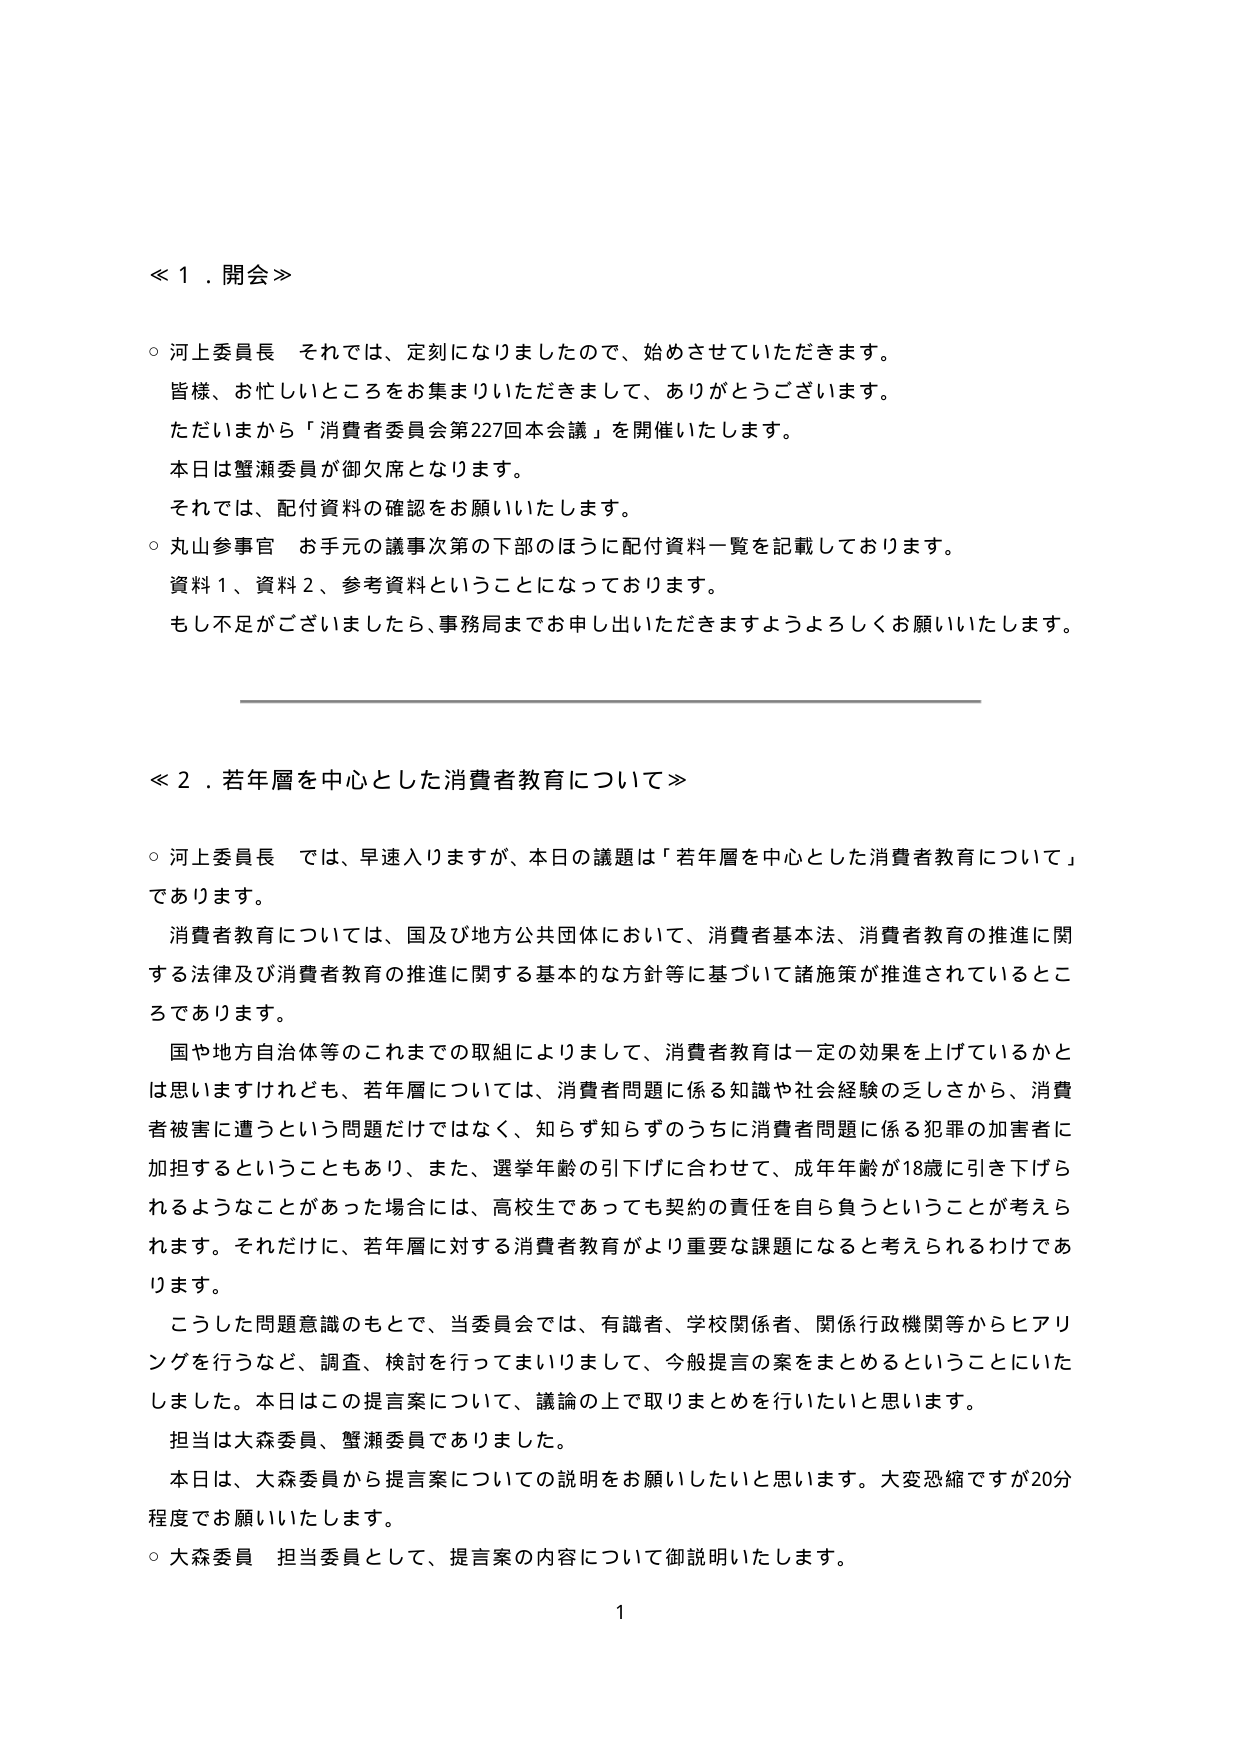
≪１．開会≫

○ 河上委員長 それでは、定刻になりましたので、始めさせていただきます。
皆様、お忙しいところをお集まりいただきまして、ありがとうございます。
ただいまから「消費者委員会第227回本会議」を開催いたします。
本日は蟹瀬委員が御欠席となります。
それでは、配付資料の確認をお願いいたします。
○ 丸山参事官 お手元の議事次第の下部のほうに配付資料一覧を記載しております。
資料１、資料２、参考資料ということになっております。
もし不足がございましたら、事務局までお申し出いただきますようよろしくお願いいたします。

≪２．若年層を中心とした消費者教育について≫

○ 河上委員長 では、早速入りますが、本日の議題は「若年層を中心とした消費者教育について」
であります。
消費者教育については、国及び地方公共団体において、消費者基本法、消費者教育の推進に関
する法律及び消費者教育の推進に関する基本的な方針等に基づいて諸施策が推進されているとこ
ろであります。
国や地方自治体等のこれまでの取組によりまして、消費者教育は一定の効果を上げているかと
は思いますけれども、若年層については、消費者問題に係る知識や社会経験の乏しさから、消費
者被害に遭うという問題だけではなく、知らず知らずのうちに消費者問題に係る犯罪の加害者に
加担するということもあり、また、選挙年齢の引下げに合わせて、成年年齢が18歳に引き下げら
れるようなことがあった場合には、高校生であっても契約の責任を自ら負うということが考えら
れます。それだけに、若年層に対する消費者教育がより重要な課題になると考えられるわけであ
ります。
こうした問題意識のもとで、当委員会では、有識者、学校関係者、関係行政機関等からヒアリ
ングを行うなど、調査、検討を行ってまいりまして、今般提言の案をまとめるということにいた
しました。本日はこの提言案について、議論の上で取りまとめを行いたいと思います。
担当は大森委員、蟹瀬委員であります。
本日は、大森委員から提言案についての説明をお願いしたいと思います。大変恐縮ですが20分
程度でお願いいたします。
○ 大森委員 担当委員として、提言案の内容について御説明いたします。

1